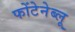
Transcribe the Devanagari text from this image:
फोंटेनेब्लू